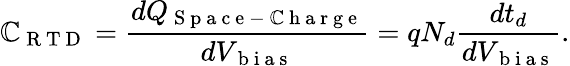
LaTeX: \mathbb{C}_{\mathrm{{~R~T~D~}}}=\frac{{dQ_{\mathrm{{~S~p~a~c~e~-~\mathbb{C}~h~a~r~g~e~}}}}}{{dV_{\mathrm{{~b~i~a~s~}}}}}=qN_{d}\frac{{dt_{d}}}{{dV_{\mathrm{{~b~i~a~s~}}}}}.